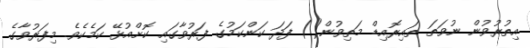
އިތުރުވުން ނުވަތަ ތައިރޮއިޑް މަތިވުން() ފަދަ ކަންކަމުގެ ފަރުވާގައި ކޮށްއުޅޭ ކަމެކެވެ. މިފަރުވާގެ